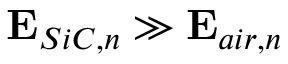
\mathbf { E } _ { S i C , n } \gg \mathbf { E } _ { a i r , n }